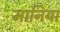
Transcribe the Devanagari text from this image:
मानिया